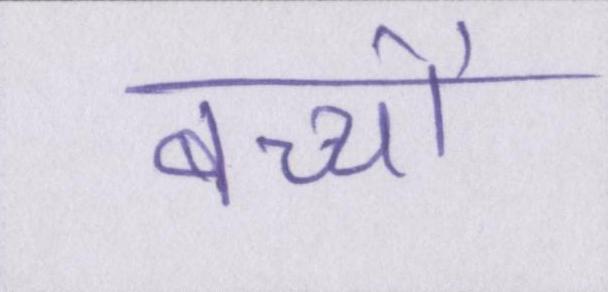
बच्चों